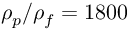
\rho _ { p } / \rho _ { f } = 1 8 0 0